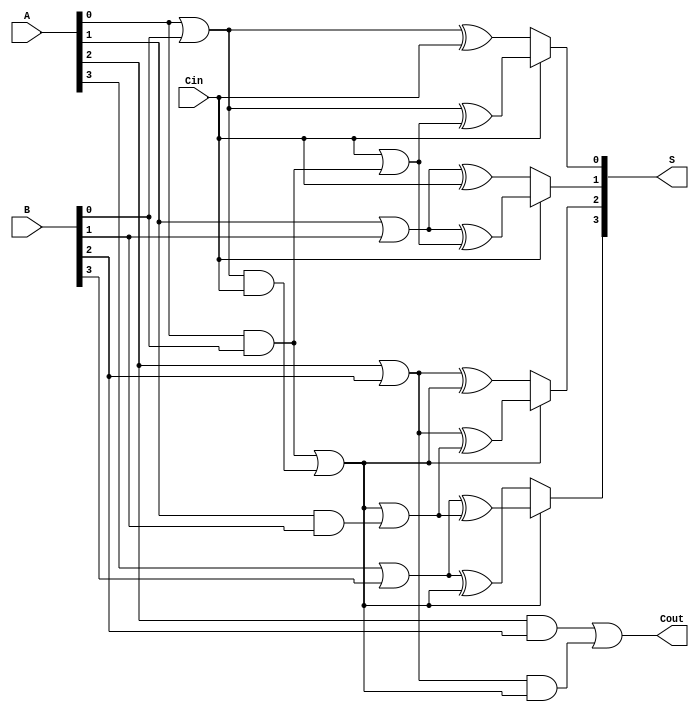
module CSPA #(parameter N = 4, parameter K = 2) (
    input [N-1:0] A,
    input [N-1:0] B,
    input Cin,
    output [N-1:0] S,
    output Cout
);

    // Internal signals
    wire [N-1:0] G; // Generate signals
    wire [N-1:0] P; // Propagate signals
    wire [N/K:0] C; // Carry signals
    wire [N-1:0] S0, S1; // Sums for carry-in 0 and 1

    // Generate and Propagate calculations
    genvar i;
    generate
        for (i = 0; i < N; i = i + 1) begin : gen_prop
            assign G[i] = A[i] & B[i];
            assign P[i] = A[i] | B[i];
        end
    endgenerate

    // Carry computation using prefix logic
    assign C[0] = Cin; // Initial carry-in
    generate
        for (i = 0; i < N/K; i = i + 1) begin : carry_gen
            wire [K-1:0] G_block;
            wire [K-1:0] P_block;
            assign G_block = G[i*K +: K];
            assign P_block = P[i*K +: K];

            // Compute carry for the block
            if (i == 0) begin
                assign C[i + 1] = G_block[0] | (P_block[0] & C[0]);
            end else begin
                assign C[i + 1] = G_block[0] | (P_block[0] & C[i]);
            end
        end
    endgenerate

    // Sum calculations for both carry-in cases
    generate
        for (i = 0; i < N; i = i + 1) begin : sum_calc
            assign S0[i] = P[i] ^ C[i/K]; // Sum with carry-in 0
            assign S1[i] = P[i] ^ (C[i/K] | G[i/K]); // Sum with carry-in 1
        end
    endgenerate

    // Final sum selection based on carry-in
    generate
        for (i = 0; i < N; i = i + 1) begin : mux_select
            assign S[i] = (C[i/K] == 1'b0) ? S0[i] : S1[i]; // MUX selection
        end
    endgenerate

    // Final carry-out
    assign Cout = C[N/K];

endmodule